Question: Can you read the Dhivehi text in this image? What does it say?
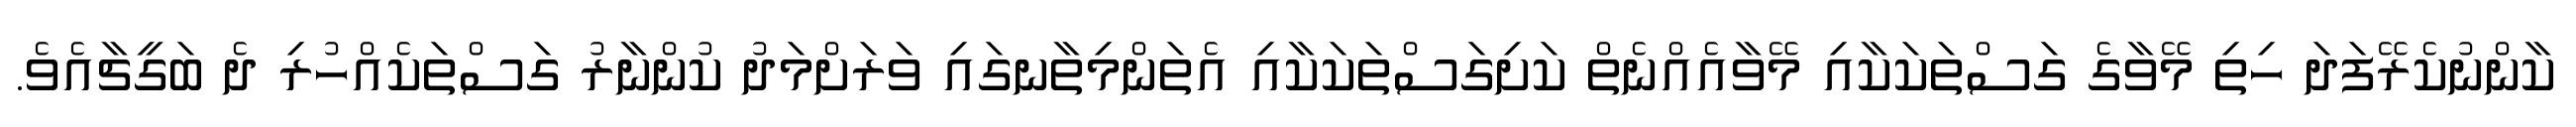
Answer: ކާންނުކެރޭފަދަ ހިތި މޭވާގެ ގަސްތަކަކާއި މޭވާއެއްނެތް ކަށިގަސްތަކަކާއި އެތަންމިތާނގައި ވަރަށްމަދު ކުންނާރު ގަސްތަކެއްހުރި ދެ ބަގީޗާއެވެ.